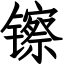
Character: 镲